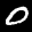
Label: 0